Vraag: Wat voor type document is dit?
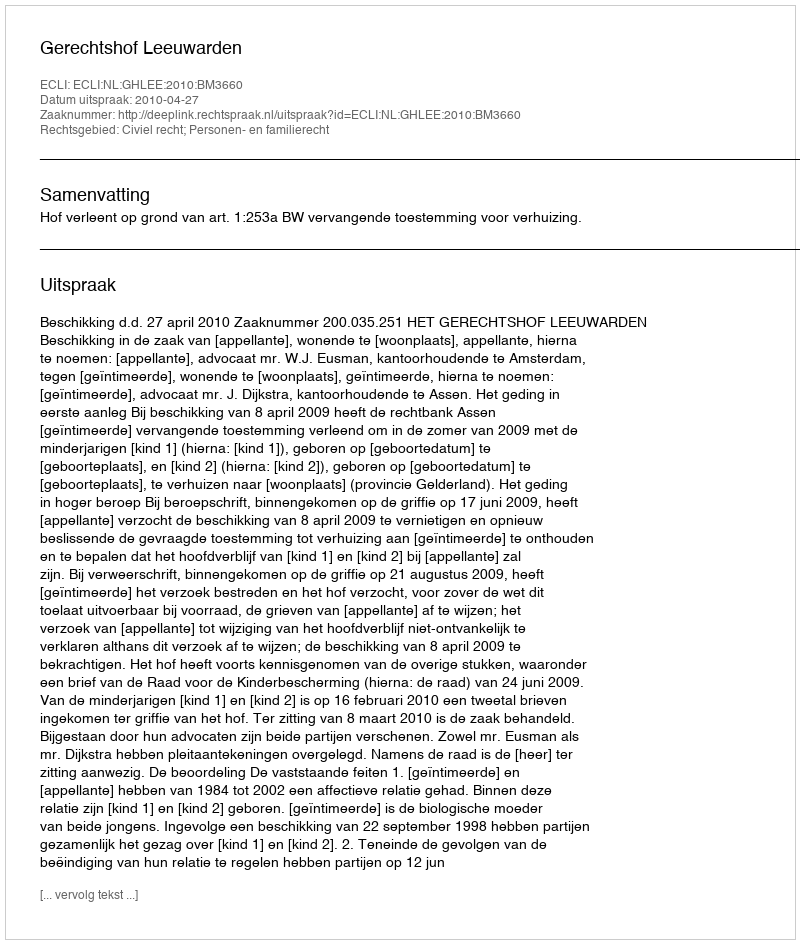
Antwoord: Uitspraak